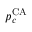
p _ { c } ^ { \mathrm { C A } }